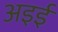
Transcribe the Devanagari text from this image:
अइई